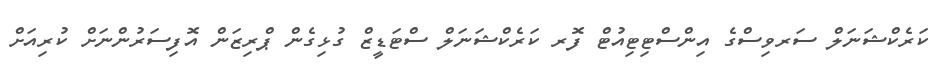
ކަރެކްޝަނަލް ސަރވިސްގެ އިންސްޓިޓިއުޓް ފޮރ ކަރެކްޝަނަލް ސްޓަޑީޒް ގުޅިގެން ޕްރިޒަން އޮފިސަރުންނަށް ކުރިއަށް